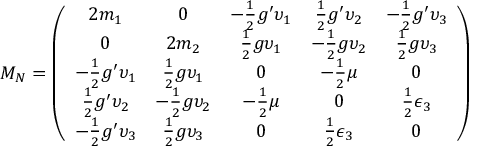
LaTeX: { \cal M } _ { N } = \left( \begin{array} { c c c c c } { { 2 m _ { 1 } } } & { { 0 } } & { { - \frac { 1 } { 2 } g ^ { \prime } \upsilon _ { 1 } } } & { { \frac { 1 } { 2 } g ^ { \prime } \upsilon _ { 2 } } } & { { - \frac { 1 } { 2 } g ^ { \prime } \upsilon _ { 3 } } } \\ { { 0 } } & { { 2 m _ { 2 } } } & { { \frac { 1 } { 2 } g \upsilon _ { 1 } } } & { { - \frac { 1 } { 2 } g \upsilon _ { 2 } } } & { { \frac { 1 } { 2 } g \upsilon _ { 3 } } } \\ { { - \frac { 1 } { 2 } g ^ { \prime } \upsilon _ { 1 } } } & { { \frac { 1 } { 2 } g \upsilon _ { 1 } } } & { { 0 } } & { { - \frac { 1 } { 2 } \mu } } & { { 0 } } \\ { { \frac { 1 } { 2 } g ^ { \prime } \upsilon _ { 2 } } } & { { - \frac { 1 } { 2 } g \upsilon _ { 2 } } } & { { - \frac { 1 } { 2 } \mu } } & { { 0 } } & { { \frac { 1 } { 2 } \epsilon _ { 3 } } } \\ { { - \frac { 1 } { 2 } g ^ { \prime } \upsilon _ { 3 } } } & { { \frac { 1 } { 2 } g \upsilon _ { 3 } } } & { { 0 } } & { { \frac { 1 } { 2 } \epsilon _ { 3 } } } & { { 0 } } \end{array} \right)